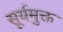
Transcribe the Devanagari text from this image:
सूर्यमुक्त